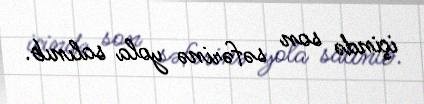
içində son səfərinə yola salınıb.